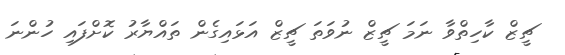
ޗީޒް ކާހިތްވާ ނަމަ ޗީޒް ނުވަތަ ޗީޒް އަޅައިގެން ތައްޔާރު ކޮށްފައި ހުންނަ